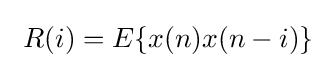
\ R(i)=E\{x(n)x(n-i)\}